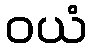
ဝယံ